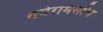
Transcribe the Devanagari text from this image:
मघेरामसोंन